Reports on dispensaries and lunatic asylums in the Province of Oudh - 1869-1876
Year: 1869
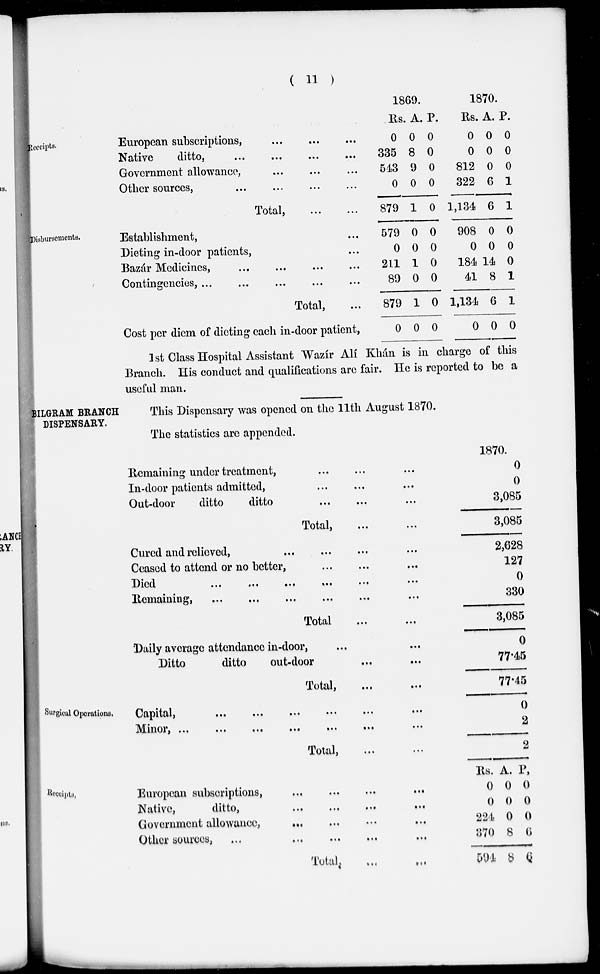
( 11 )
Receipts.
European subscriptions,
...
...
...
Native
ditto,
...
...
...
...
Government allowance, ... ... ...
Other sources,
...
...
...
...
Total, ... ...
1869.
Rs.
0
335
543
0
879
A.
0
8
9
0
1
P.
0
0
0
0
0
1870.
Rs.
0
0
812
322
1,134
A.
0
0
0
6
6
P.
0
0
0
1
1
Disbursements.
Establishment, ...
Dieting in-door patients, ...
Bazár Medicines, ... ... ... ...
Contingencies,...
...
...
...
...
Total, ...
Cost per diem of dieting each in-door patient,
579
0
211
89
879
0
0
0
1
0
1
0
0
0
0
0
0
0
908
0
184
41
1,134
0
0
0
14
8
6
0
0
0
0
1
1
0
1st Class Hospital Assistant Wazír Alí Khán is in charge of this
Branch. His conduct and qualifications are fair. He is reported to be a
useful man.
BILGRAM BRANCH
DISPENSARY.
This Dispensary was opened on the 11th August 1870.
The statistics are appended.
Remaining under treatment, ... ... ...
In-door patients admitted, ... ... ...
Out-door
ditto
ditto
...
...
...
Total,
...
...
Cured and relieved,
...
...
...
Ceased to attend or no better, ... ... ...
Died ... ... ... ... ... ...
Remaining,
...
...
...
...
...
...
Total ... ...
Daily average attendance in-door, ... ...
Ditto
ditto
out-door ... ...
Total, ... ...
1870.
0
0
3,085
3,085
2,628
127
0
330
3,085
0
77.45
77.45
Surgical Operations.
Capital,
...
...
...
...
...
...
Minor
,
...
...
...
...
...
...
Total,
...
...
0
2
2
Receipts,
European subscriptions,
...
...
...
...
Native,
ditto,
...
...
...
...
Government allowance,
...
...
...
...
Other sources,
...
...
...
...
...
Total ... ...
Rs.
0
0
224
370
594
A.
0
0
0
8
8
P.
0
0
0
6
6